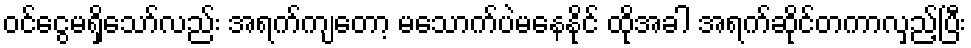
ဝင်ငွေမရှိသော်လည်း အရက်ကျတော့ မသောက်ပဲမနေနိုင် ထိုအခါ အရက်ဆိုင်တကာလှည့်ပြီး